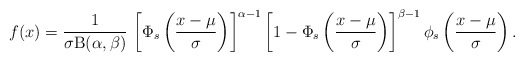
\begin{align*}f(x)=\frac{1}{\sigma\mathrm{B}(\alpha,\beta)}\,\left[\Phi_s\left(\frac{x-\mu}{\sigma}\right)\right]^{\alpha-1}\left[1-\Phi_s\left(\frac{x-\mu}{\sigma}\right)\right]^{\beta-1}\phi_s\left(\frac{x-\mu}{\sigma}\right).\end{align*}